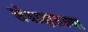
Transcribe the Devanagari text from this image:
संवादातल्या